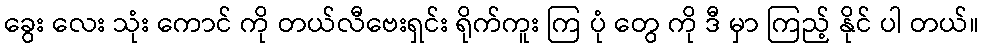
ခွေး လေး သုံး ကောင် ကို တယ်လီဗေးရှင်း ရိုက်ကူး ကြ ပုံ တွေ ကို ဒီ မှာ ကြည့် နိုင် ပါ တယ်။